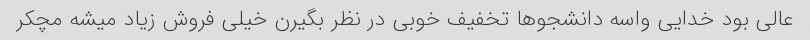
عالی بود خدایی واسه دانشجو‌ها تخفیف خوبی در نظر بگیرن خیلی فروش زیاد میشه مچکر